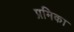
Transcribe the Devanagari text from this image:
प्रमिका